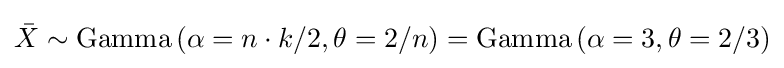
{\bar {X}}\sim \mathrm {Gamma} \left(\alpha =n\cdot k/2,\theta =2/n\right)=\mathrm {Gamma} \left(\alpha =3,\theta =2/3\right)